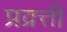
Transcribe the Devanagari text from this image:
प्रव्रत्ती